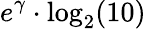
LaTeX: e^{\gamma}\cdot\log_{2}(10)